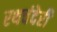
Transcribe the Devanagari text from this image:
रथचंदेरी